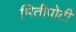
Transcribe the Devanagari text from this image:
भितीपोटी